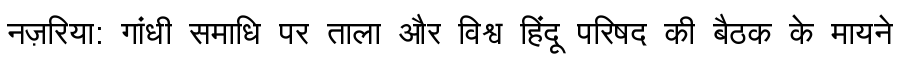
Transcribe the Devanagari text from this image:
नज़रिया: गांधी समाधि पर ताला और विश्व हिंदू परिषद की बैठक के मायने